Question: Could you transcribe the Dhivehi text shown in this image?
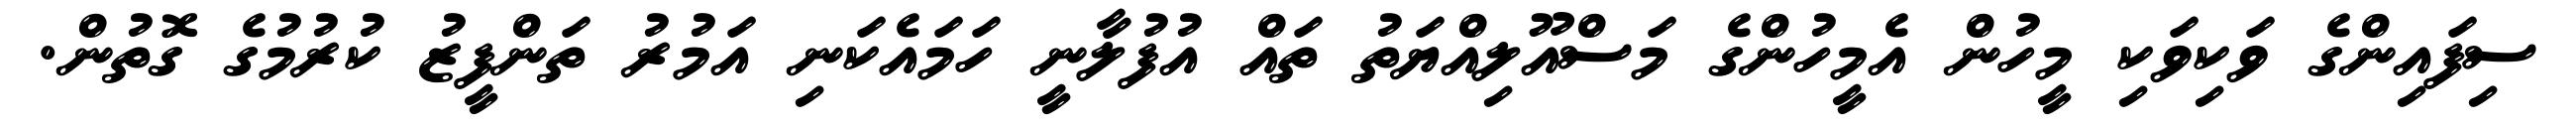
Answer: ސިފައިންގެ ވަކިވަކި މީހުން އެމީހުންގެ މަސްއޫލިއްޔަތު ތައް އުފުލާނީ ހަމައެކަނި އަމުރު ތަންފީޒު ކުރުމުގެ ގޮތުން.